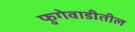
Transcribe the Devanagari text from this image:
फुगेवाडीतील